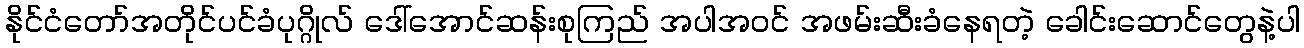
နိုင်ငံတော်အတိုင်ပင်ခံပုဂ္ဂိုလ် ဒေါ်အောင်ဆန်းစုကြည် အပါအဝင် အဖမ်းဆီးခံနေရတဲ့ ခေါင်းဆောင်တွေနဲ့ပါ